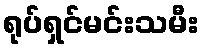
ရုပ်ရှင်မင်းသမီး